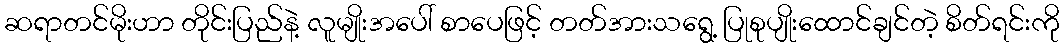
ဆရာတင်မိုးဟာ တိုင်းပြည်နဲ့ လူမျိုးအပေါ် စာပေဖြင့် တတ်အားသရွေ့ ပြုစုပျိုးထောင်ချင်တဲ့ စိတ်ရင်းကို